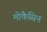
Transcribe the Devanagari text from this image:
मोकैसिन